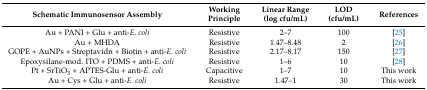
<table><thead><tr><td><b>Schematic Immunosensor Assembly</b></td><td><b>Working Principle</b></td><td><b>Linear Range (log cfu/mL)</b></td><td><b>LOD (cfu/mL)</b></td><td><b>References</b></td></tr></thead><tbody><tr><td>Au + PANI + Glu + anti-<i>E. coli</i></td><td>Resistive</td><td>2–7</td><td>100</td><td>[25]</td></tr><tr><td>Au + MHDA</td><td>Resistive</td><td>1.47–8.48</td><td>2</td><td>[26]</td></tr><tr><td>GOPE + AuNPs + Streptavidn + Biotin + anti-<i>E. coli</i></td><td>Resistive</td><td>2.17–8.17</td><td>150</td><td>[27]</td></tr><tr><td>Epoxysilane-mod. ITO + PDMS + anti-<i>E</i><i>.</i><i>coli</i></td><td>Resistive</td><td>1–6</td><td>10</td><td>[28]</td></tr><tr><td>Pt + SrTiO<sub>3</sub> + APTES-Glu + anti-<i>E. coli</i></td><td>Capacitive</td><td>1–7</td><td>10</td><td>This work</td></tr><tr><td>Au + Cys + Glu + anti-<i>E. coli</i></td><td>Resistive</td><td>1.47–1</td><td>30</td><td>This work</td></tr></tbody></table>